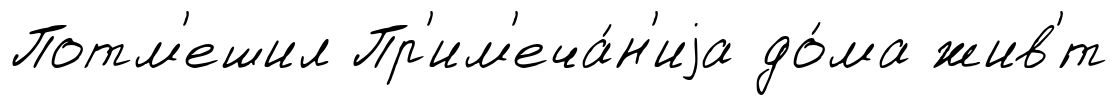
Потм'ешил Пр'им'еча́н'иjа до́ма жив'́т